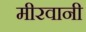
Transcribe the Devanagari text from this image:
मीरवानी